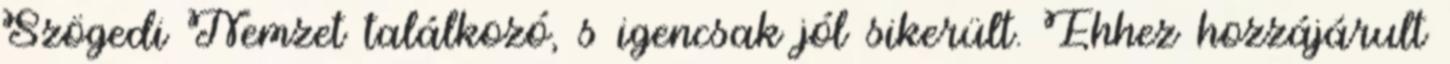
Szögedi Nemzet találkozó, s igencsak jól sikerült. Ehhez hozzájárult